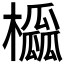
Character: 𪴒